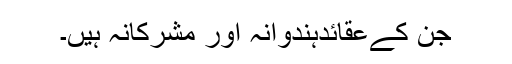
جن کےعقائدہندوانہ اور مشرکانہ ہیں۔